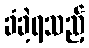
ခံခဲ့ရသည့်